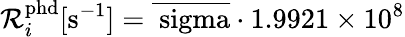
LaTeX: \mathcal{R}_{i}^{\mathrm{{{phd}}}}[\mathrm{{{s^{-1}}]=\overline{{{\ sigma}}}\cdot1.9921\times10^{8}}}